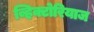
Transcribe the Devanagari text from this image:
व्हिक्टोरियाज